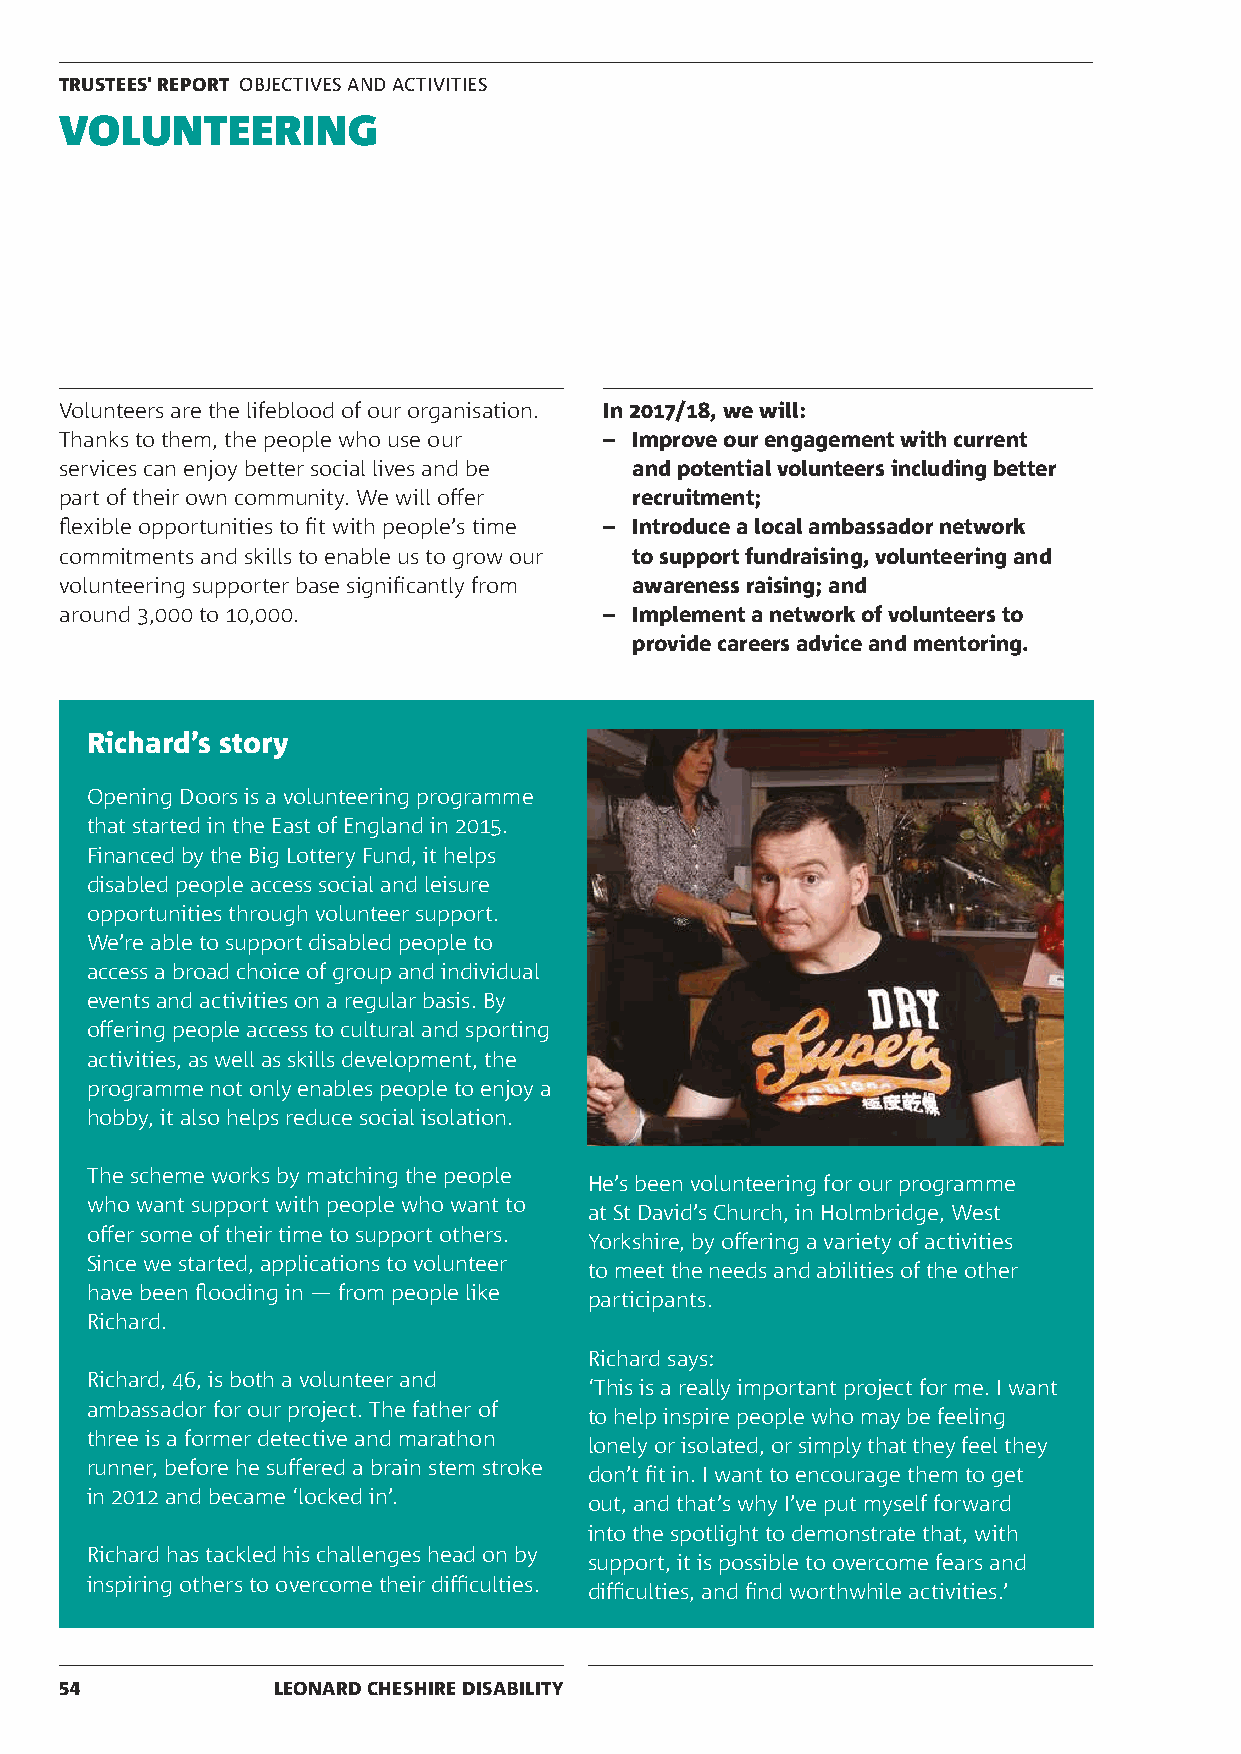
TRUSTEES' REPORT OBJECTIVES AND ACTIVITIES
 VOLUNTEERING
 Volunteers are the lifeblood of our organisation. In 2017/18, we will:
 Thanks to them, the people who use our – Improve our engagement with current
 services can enjoy better social lives and be and potential volunteers including better
 part of their own community. We will offer recruitment;
 flexible opportunities to fit with people’s time – Introduce a local ambassador network
 commitments and skills to enable us to grow our to support fundraising, volunteering and
 volunteering supporter base significantly from awareness raising; and
 around 3,000 to 10,000.             – Implement a network of volunteers to
 provide careers advice and mentoring.
 Richard’s story
 Opening Doors is a volunteering programme
 that started in the East of England in 2015.
 Financed by the Big Lottery Fund, it helps
 disabled people access social and leisure
 opportunities through volunteer support.
 We’re able to support disabled people to
 access a broad choice of group and individual
 events and activities on a regular basis. By
 offering people access to cultural and sporting
 activities, as well as skills development, the
 programme not only enables people to enjoy a
 hobby, it also helps reduce social isolation.
 The scheme works by matching the people
 He’s been volunteering for our programme
 who want support with people who want to
 at St David’s Church, in Holmbridge, West
 offer some of their time to support others.
 Yorkshire, by offering a variety of activities
 Since we started, applications to volunteer
 to meet the needs and abilities of the other
 have been flooding in — from people like
 participants.
 Richard.
 Richard says:
 Richard, 46, is both a volunteer and
 ‘This is a really important project for me. I want
 ambassador for our project. The father of
 to help inspire people who may be feeling
 three is a former detective and marathon
 lonely or isolated, or simply that they feel they
 runner, before he suffered a brain stem stroke
 don’t fit in. I want to encourage them to get
 in 2012 and became ‘locked in’.
 out, and that’s why I’ve put myself forward
 into the spotlight to demonstrate that, with
 Richard has tackled his challenges head on by
 support, it is possible to overcome fears and
 inspiring others to overcome their difficulties.
 difficulties, and find worthwhile activities.’
 54            LEONARD CHESHIRE DISABILITY